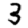
Digit: 3